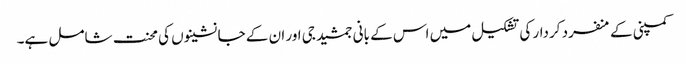
کمپنی کے منفرد کردار کی تشکیل میں اس کے بانی جمشید جی اور ان کے جانشینوں کی محنت شامل ہے۔